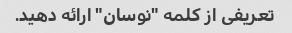
تعریفی از کلمه "نوسان" ارائه دهید.